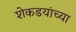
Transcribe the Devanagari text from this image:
शेकडयांच्या